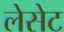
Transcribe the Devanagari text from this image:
लेसेट